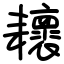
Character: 耲